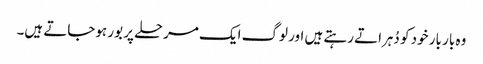
وہ بار بار خود کو دُہراتے رہتے ہیں اور لوگ ایک مرحلے پر بور ہوجاتے ہیں۔